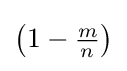
\left(1-{\tfrac {m}{n}}\right)